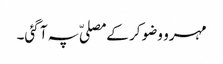
مہرو وضو کر کے مصلیّ پہ آ گئی۔